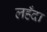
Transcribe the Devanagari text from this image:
लहँदा